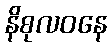
နိစုလဝနေ